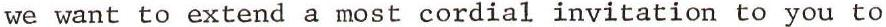
we want to extend a most cordial invitation to you to